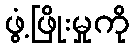
ဖွံ့ဖြိုးမှုကို